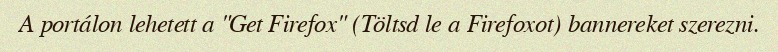
A portálon lehetett a "Get Firefox" (Töltsd le a Firefoxot) bannereket szerezni.